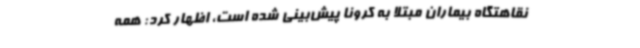
نقاهتگاه بیماران مبتلا به کرونا پیش‌بینی شده است، اظهار کرد: همه